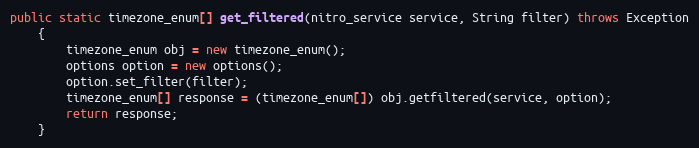
Language: Java
public static timezone_enum[] get_filtered(nitro_service service, String filter) throws Exception
	{
		timezone_enum obj = new timezone_enum();
		options option = new options();
		option.set_filter(filter);
		timezone_enum[] response = (timezone_enum[]) obj.getfiltered(service, option);
		return response;
	}